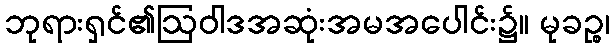
ဘုရားရှင်၏ဩဝါဒအဆုံးအမအပေါင်း၌။ မုခဉ္စ၊